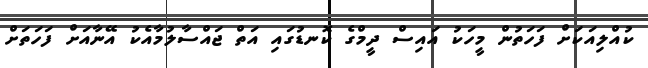
ކުއްލިއަކަށް ފަހަތުން މީހަކު އައިސް ދީމްގެ ކޮނޑުގައި އަތް ޖައްސާލުމާއެކު އޭނާއަށް ފަހަތަށް